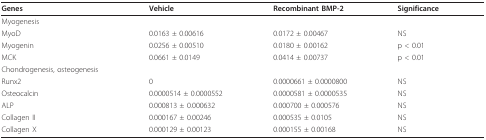
| Genes | Vehicle | Recombinant BMP-2 | Significance |
 | --- | --- | --- | --- |
 | Myogenesis |  |  |  |
 | MyoD | 0.0163 ± 0.00616 | 0.0172 ± 0.00467 | NS |
 | Myogenin | 0.0256 ± 0.00510 | 0.0180 ± 0.00162 | p < 0.01 |
 | MCK | 0.0661 ± 0.0149 | 0.0414 ± 0.00737 | p < 0.01 |
 | Chondrogenesis, osteogenesis |  |  |  |
 | Runx2 | 0 | 0.0000661 ± 0.0000800 | NS |
 | Osteocalcin | 0.0000514 ± 0.0000552 | 0.0000581 ± 0.0000535 | NS |
 | ALP | 0.000813 ± 0.000632 | 0.000700 ± 0.000576 | NS |
 | Collagen II | 0.000167 ± 0.00246 | 0.000535 ± 0.0105 | NS |
 | Collagen X | 0.000129 ± 0.00123 | 0.000155 ± 0.00168 | NS |